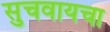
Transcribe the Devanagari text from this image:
सुचवायचा